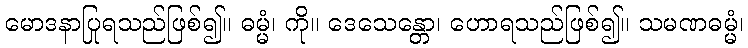
မောဒနာပြုရသည်ဖြစ်၍။ ဓမ္မံ၊ ကို။ ဒေသေန္တော၊ ဟောရသည်ဖြစ်၍။ သမဏဓမ္မံ၊